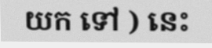
យក ទៅ ) នេះ